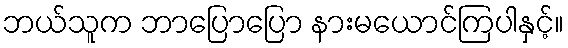
ဘယ်သူက ဘာပြောပြော နားမယောင်ကြပါနှင့်။